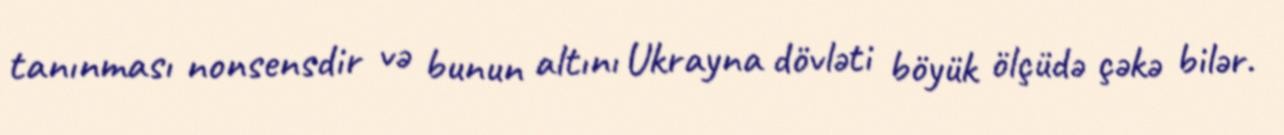
tanınması nonsensdir və bunun altını Ukrayna dövləti böyük ölçüdə çəkə bilər.